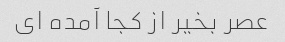
عصر بخیر از کجا آمده ای